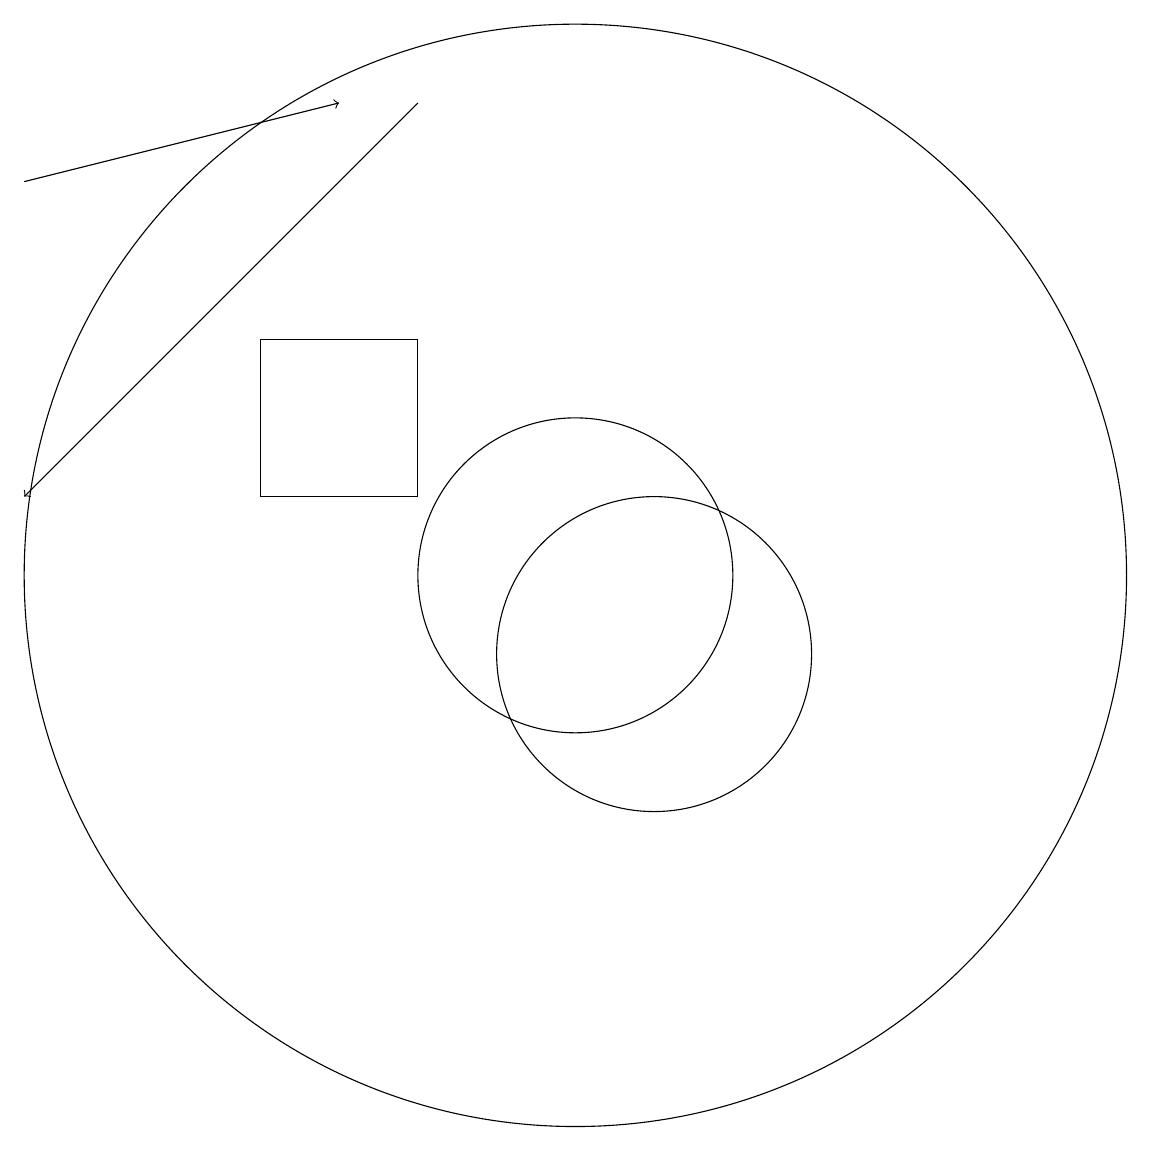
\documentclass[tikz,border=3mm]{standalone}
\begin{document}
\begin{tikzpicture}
\draw (10,11) circle (2);
\draw (11,10) circle (2);
\draw (6,12) rectangle (8,14);
\draw[->] (3,16) -- (7,17);
\draw (10,11) circle (7);
\draw[->] (8,17) -- (3,12);
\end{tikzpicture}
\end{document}